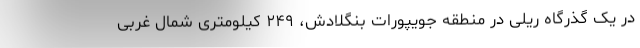
در یک گذرگاه ریلی در منطقه جویپورات بنگلادش، ۲۴۹ کیلومتری شمال غربی